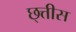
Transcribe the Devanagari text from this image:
छ्त्तीस